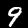
Digit: 9